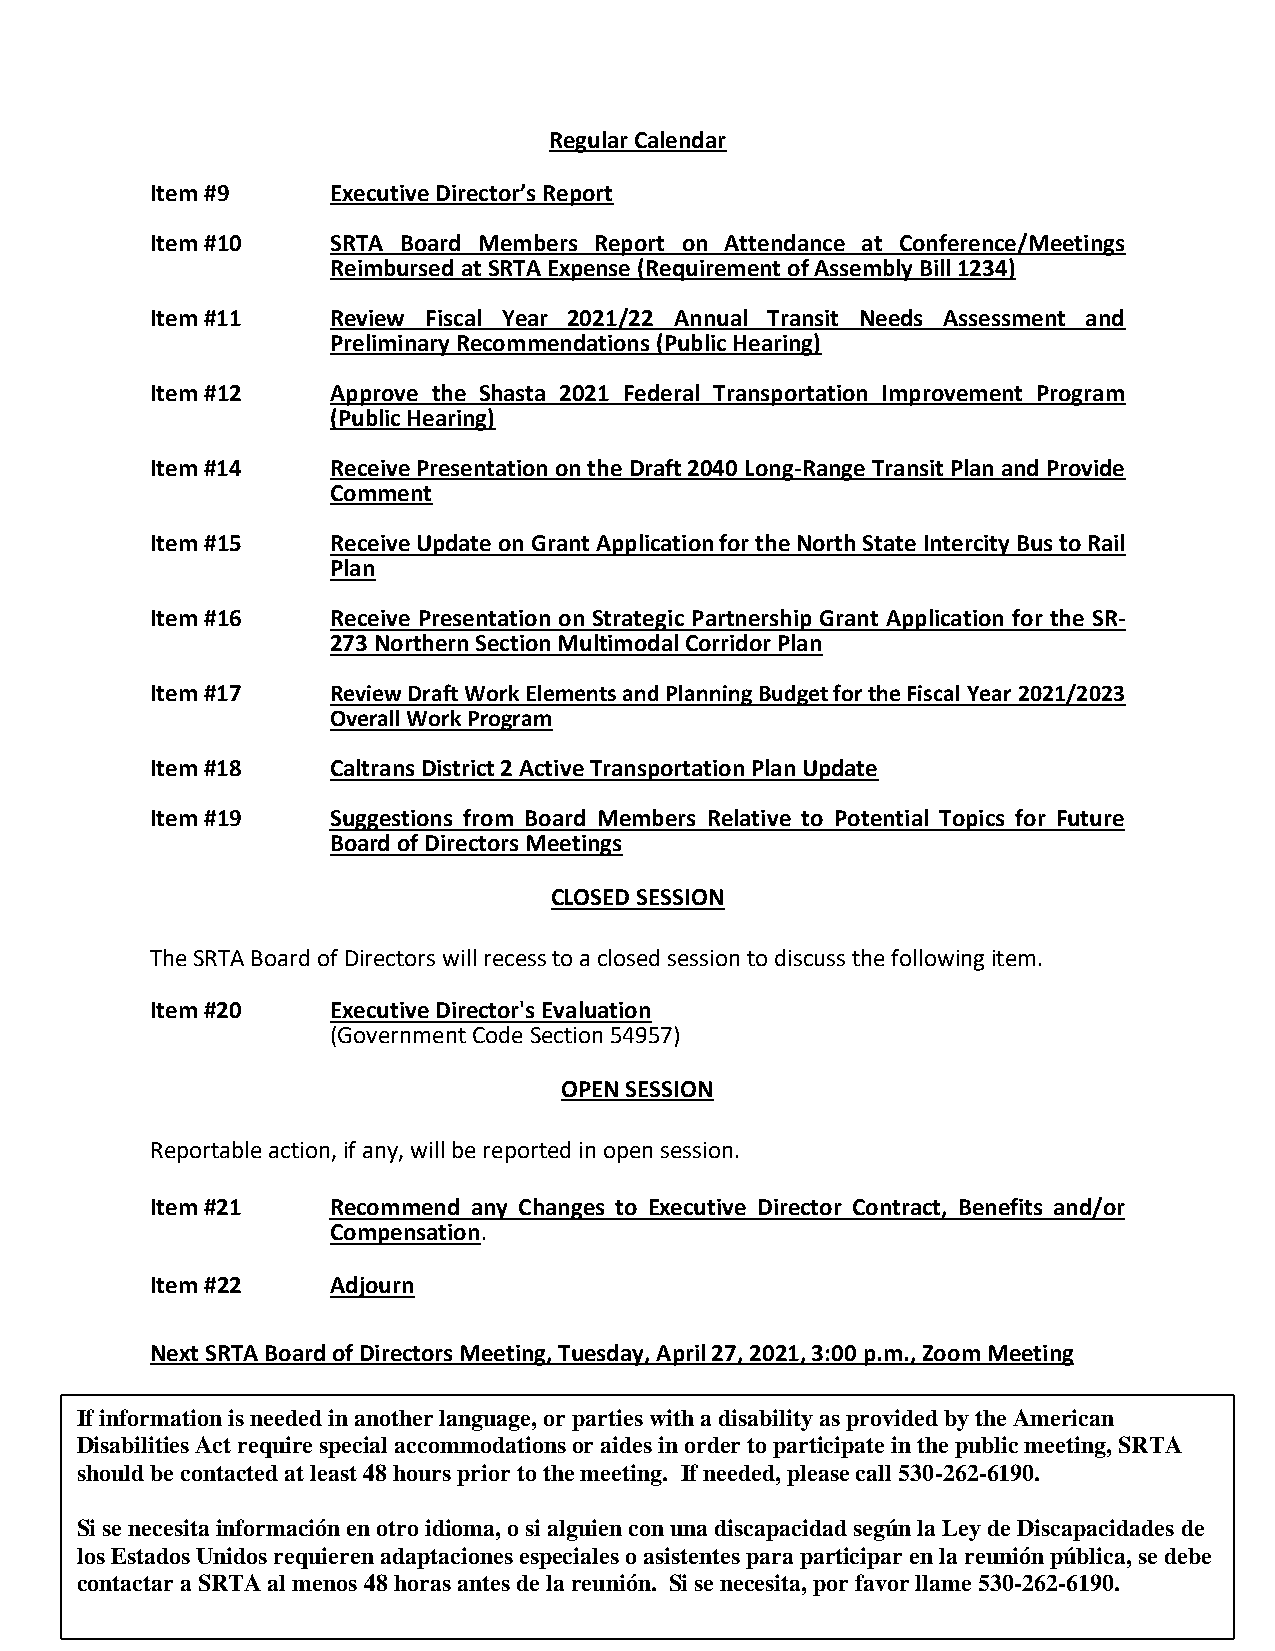
Regular Calendar
 Item #9     Executive Director’s Report
 Item #10    SRTA Board Members Report on Attendance at Conference/Meetings
 Reimbursed at SRTA Expense (Requirement of Assembly Bill 1234)
 Item #11    Review Fiscal Year 2021/22 Annual Transit Needs Assessment and
 Preliminary Recommendations (Public Hearing)
 Item #12    Approve the Shasta 2021 Federal Transportation Improvement Program
 (Public Hearing)
 Item #14    Receive Presentation on the Draft 2040 Long-Range Transit Plan and Provide
 Comment
 Item #15    Receive Update on Grant Application for the North State Intercity Bus to Rail
 Plan
 Item #16    Receive Presentation on Strategic Partnership Grant Application for the SR-
 273 Northern Section Multimodal Corridor Plan
 Item #17    Review Draft Work Elements and Planning Budget for the Fiscal Year 2021/2023
 Overall Work Program
 Item #18    Caltrans District 2 Active Transportation Plan Update
 Item #19    Suggestions from Board Members Relative to Potential Topics for Future
 Board of Directors Meetings
 CLOSED SESSION
 The SRTA Board of Directors will recess to a closed session to discuss the following item.
 Item #20    Executive Director's Evaluation
 (Government Code Section 54957)
 OPEN SESSION
 Reportable action, if any, will be reported in open session.
 Item #21    Recommend any Changes to Executive Director Contract, Benefits and/or
 Compensation.
 Item #22    Adjourn
 Next SRTA Board of Directors Meeting, Tuesday, April 27, 2021, 3:00 p.m., Zoom Meeting
 If information is needed in another language, or parties with a disability as provided by the American
 Disabilities Act require special accommodations or aides in order to participate in the public meeting, SRTA
 should be contacted at least 48 hours prior to the meeting. If needed, please call 530-262-6190.
 Si se necesita información en otro idioma, o si alguien con una discapacidad según la Ley de Discapacidades de
 los Estados Unidos requieren adaptaciones especiales o asistentes para participar en la reunión pública, se debe
 contactar a SRTA al menos 48 horas antes de la reunión. Si se necesita, por favor llame 530-262-6190.